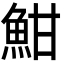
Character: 魽